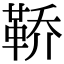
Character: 鞒